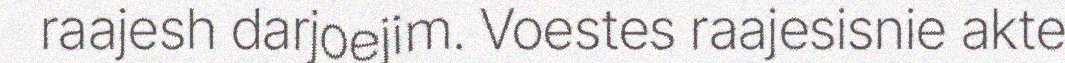
raajesh darjoejim. Voestes raajesisnie akte